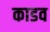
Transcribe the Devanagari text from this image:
काडव